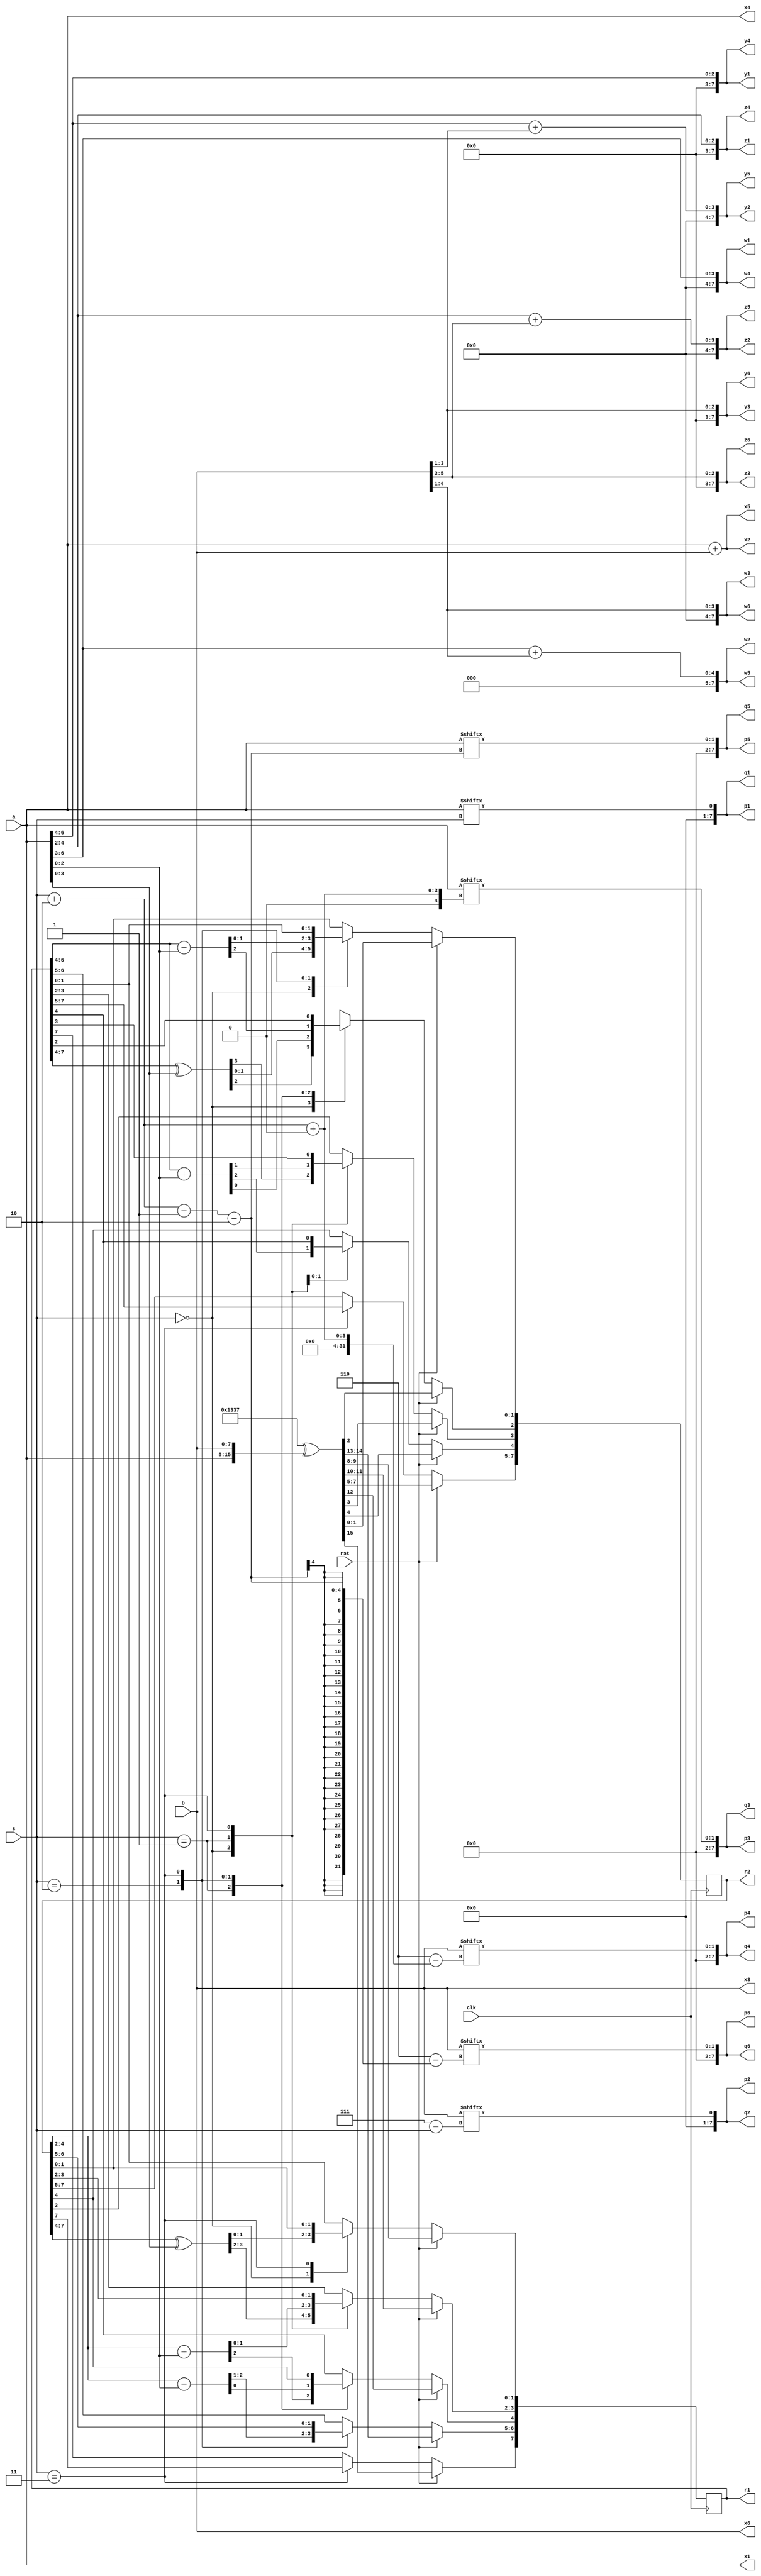
module partsel_test002 (
	input clk, rst,
	input [7:0] a,
	input [0:7] b,
	input [1:0] s,
	output [7:0] x1, x2, x3,
	output [0:7] x4, x5, x6,
	output [7:0] y1, y2, y3,
	output [0:7] y4, y5, y6,
	output [7:0] z1, z2, z3,
	output [0:7] z4, z5, z6,
	output [7:0] w1, w2, w3,
	output [0:7] w4, w5, w6,
	output [7:0] p1, p2, p3, p4, p5, p6,
	output [0:7] q1, q2, q3, q4, q5, q6,
	output reg [7:0] r1,
	output reg [0:7] r2
);
assign x1 = a, x2 = a + b, x3 = b;
assign x4 = a, x5 = a + b, x6 = b;
assign y1 = a[4 +: 3], y2 = a[4 +: 3] + b[4 +: 3], y3 = b[4 +: 3];
assign y4 = a[4 +: 3], y5 = a[4 +: 3] + b[4 +: 3], y6 = b[4 +: 3];
assign z1 = a[4 -: 3], z2 = a[4 -: 3] + b[4 -: 3], z3 = b[4 -: 3];
assign z4 = a[4 -: 3], z5 = a[4 -: 3] + b[4 -: 3], z6 = b[4 -: 3];
assign w1 = a[6:3], w2 = a[6:3] + b[3:6], w3 = b[3:6];
assign w4 = a[6:3], w5 = a[6:3] + b[3:6], w6 = b[3:6];
assign p1 = a[s], p2 = b[s], p3 = a[s+2 +: 2], p4 = b[s+2 +: 2], p5 = a[s+2 -: 2], p6 = b[s+2 -: 2];
assign q1 = a[s], q2 = b[s], q3 = a[s+2 +: 2], q4 = b[s+2 +: 2], q5 = a[s+2 -: 2], q6 = b[s+2 -: 2];
always @(posedge clk) begin
	if (rst) begin
		{ r1, r2 } = 16'h1337 ^ {a, b};
	end else begin
		case (s)
			0: begin
				r1[3:0] <= r2[0:3] ^ x1;
				r2[4:7] <= r1[7:4] ^ x4;
			end
			1: begin
				r1[2 +: 3] <= r2[5 -: 3] + x1;
				r2[3 +: 3] <= r1[6 -: 3] + x4;
			end
			2: begin
				r1[6 -: 3] <= r2[3 +: 3] - x1;
				r2[7 -: 3] <= r1[4 +: 3] - x4;
			end
			3: begin
				r1 <= r2;
				r2 <= r1;
			end
		endcase
	end
end
endmodule